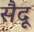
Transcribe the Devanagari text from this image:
सैदू